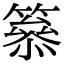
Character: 𥳋